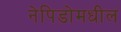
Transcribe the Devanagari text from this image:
नेपिडोमधील